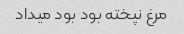
مرغ نپخته بود بود میداد